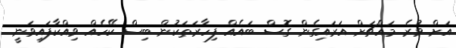
އަށް ވުރެ މައްޗަށް އަރައިގެން ގޮސް ބައެއް ފިހާރަތަކުން ބިސް ކޭހެއް ވިއްކާފައިވަނީ